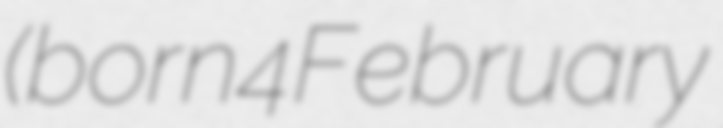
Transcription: (born 4 February